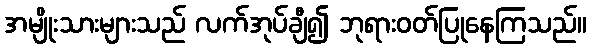
အမျိုးသားများသည် လက်အုပ်ချီ၍ ဘုရားဝတ်ပြုနေကြသည်။